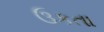
ઉકતા